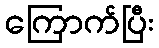
ကြောက်ပြီး